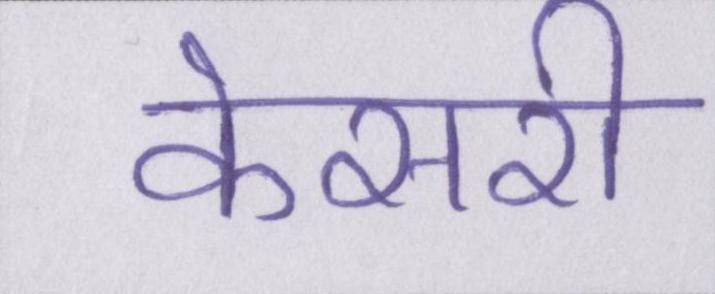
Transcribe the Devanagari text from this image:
केसरी